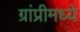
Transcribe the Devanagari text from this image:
ग्रांप्रीमध्ये